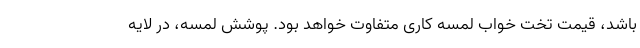
باشد، قیمت تخت خواب لمسه کاری متفاوت خواهد بود. پوشش لمسه، در لایه